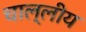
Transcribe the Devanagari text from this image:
चाल्लीय